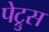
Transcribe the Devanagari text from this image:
पेट्रुस